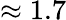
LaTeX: \approx 1.7